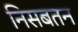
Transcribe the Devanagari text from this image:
निसबतन